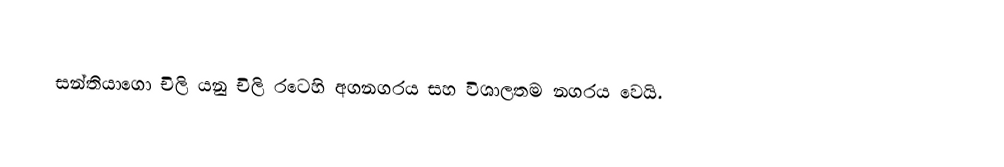
සන්තියාගො  චිලි  යනු  චිලි රටෙහි අගනගරය සහ විශාලතම නගරය වෙයි.